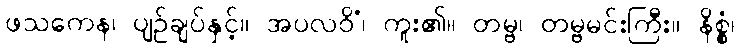
ဖသကေန၊ ပျဉ်ချပ်နှင့်။ အပလဝိံ၊ ကူး၏။ တမ္ဗ၊ တမ္ဗမင်းကြီး။ နိစ္စံ၊